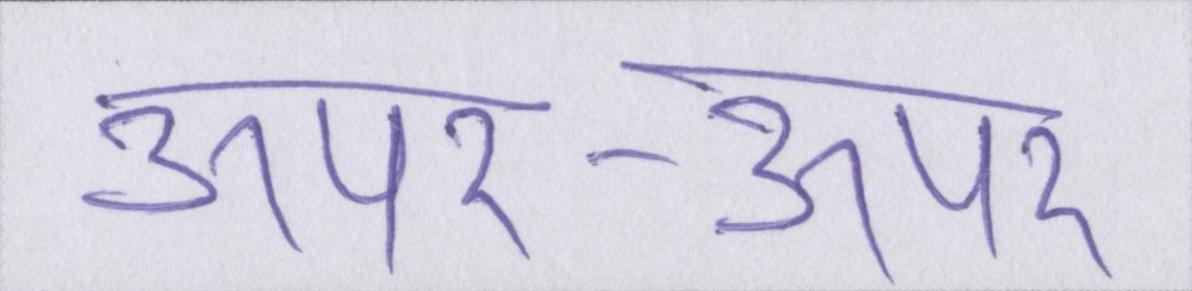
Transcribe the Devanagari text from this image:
ऊपर-ऊपर